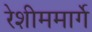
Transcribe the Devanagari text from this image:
रेशीममार्गे